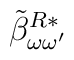
\:\tilde{\beta}_{\omega \omega'}^{R*}\: